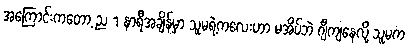
အကြောင်းကတော့ ည 1 နာရီအချိန်မှာ သူမရဲ့ကလေးဟာ မအိပ်ဘဲ ဂျီကျနေလို့ သူမက